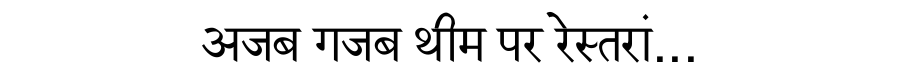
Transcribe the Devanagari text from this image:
अजब गजब थीम पर रेस्तरां...